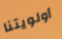
أولويتنا